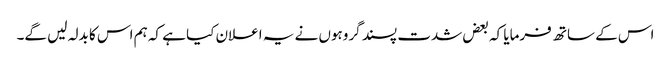
اس کے ساتھ فرمایا کہ بعض شدت پسند گروہوں نے یہ اعلان کیا ہے کہ ہم اس کا بدلہ لیں گے۔